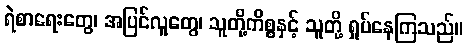
ရဲစာရေးတွေ၊ အပြင်လူတွေ၊ သူတို့ကိစ္စနှင့် သူတို့ ရှုပ်နေကြသည်။